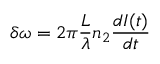
\delta \omega = 2 \pi \frac { L } { \lambda } n _ { 2 } \frac { d I ( t ) } { d t }